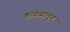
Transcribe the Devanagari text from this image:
कळव्यातून